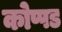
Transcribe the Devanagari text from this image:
कोप्पड